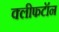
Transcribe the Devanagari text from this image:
क्लीफटॉन